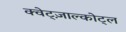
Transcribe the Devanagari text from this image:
क्वेट्ज़ाल्कोट्ल